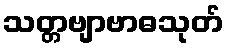
သတ္တဗျာဗာဓသုတ်